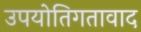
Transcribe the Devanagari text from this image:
उपयोतिगतावाद